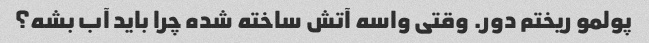
پولمو ریختم دور. وقتی واسه آتش ساخته شده چرا باید آب بشه؟